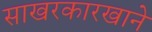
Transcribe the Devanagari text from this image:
साखरकारखाने